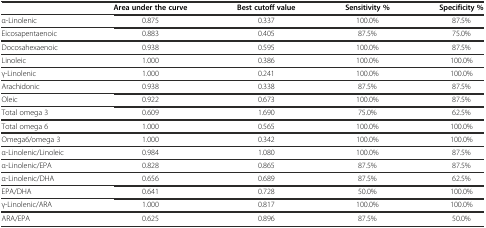
|  | Area under the curve | Best cutoff value | Sensitivity % | Specificity % |
 | --- | --- | --- | --- | --- |
 | α-Linolenic | 0.875 | 0.337 | 100.0% | 87.5% |
 | Eicosapentaenoic | 0.883 | 0.405 | 87.5% | 75.0% |
 | Docosahexaenoic | 0.938 | 0.595 | 100.0% | 87.5% |
 | Linoleic | 1.000 | 0.386 | 100.0% | 100.0% |
 | γ-Linolenic | 1.000 | 0.241 | 100.0% | 100.0% |
 | Arachidonic | 0.938 | 0.338 | 87.5% | 87.5% |
 | Oleic | 0.922 | 0.673 | 100.0% | 87.5% |
 | Total omega 3 | 0.609 | 1.690 | 75.0% | 62.5% |
 | Total omega 6 | 1.000 | 0.565 | 100.0% | 100.0% |
 | Omega6/omega 3 | 1.000 | 0.342 | 100.0% | 100.0% |
 | α-Linolenic/Linoleic | 0.984 | 1.080 | 100.0% | 87.5% |
 | α-Linolenic/EPA | 0.828 | 0.865 | 87.5% | 87.5% |
 | α-Linolenic/DHA | 0.656 | 0.689 | 87.5% | 62.5% |
 | EPA/DHA | 0.641 | 0.728 | 50.0% | 100.0% |
 | γ-Linolenic/ARA | 1.000 | 0.817 | 100.0% | 100.0% |
 | ARA/EPA | 0.625 | 0.896 | 87.5% | 50.0% |